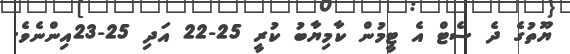
ޔޫތުގެ ދެ ސެޓް އެ ޓީމުން ކާމިޔާބު ކުރީ 25-22 އަދި 25-23އިންނެވެ.